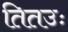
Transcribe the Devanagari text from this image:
तितउः